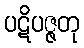
ပဋိပဇ္ဇတု